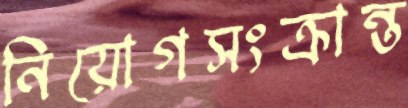
নিয়োগসংক্রান্ত